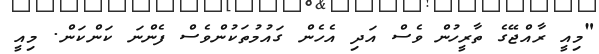
"މިއީ ރާއްޖޭގެ ތާރީހުން ވެސް އަދި އެހެން ގައުމުތަކުންވެސް ފެންނަ ކަންކަން. މިއީ